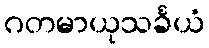
ဂတမာယုသင်္ခယံ